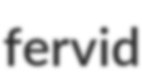
fervid